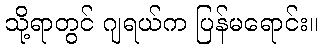
သို့ရာတွင် ဂျရယ်က ပြန်မရောင်း။